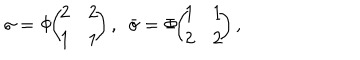
LaTeX: \sigma = \Phi \! \! \left( \! \! \begin{array} { c c } { { 2 } } & { { 2 } } \\ { { 1 } } & { { 1 } } \\ \end{array} \! \! \right) , ~ ~ \bar { \sigma } = \Phi \! \! \left( \! \! \begin{array} { c c } { { 1 } } & { { 1 } } \\ { { 2 } } & { { 2 } } \\ \end{array} \! \! \right) ,